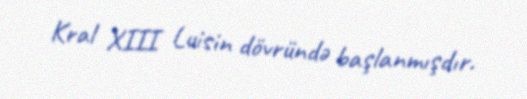
Kral XIII Luisin dövründə başlanmışdır.